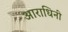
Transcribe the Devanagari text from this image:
आराधिनी